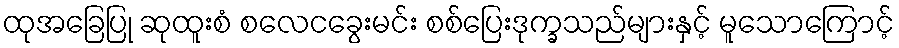
ထုအခြေပြု ဆုထူးစံ စလေငခွေးမင်း စစ်ပြေးဒုက္ခသည်များနှင့် မူသောကြောင့်